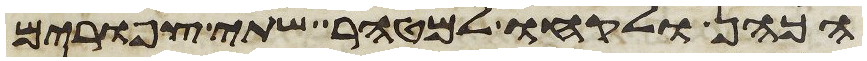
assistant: הכהן ולקחו למטהר שתי צפורים